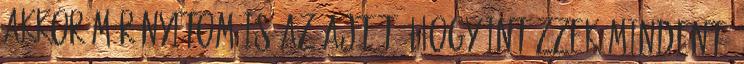
akkor már nyitom is az ajtót, hogy intézzek mindent,